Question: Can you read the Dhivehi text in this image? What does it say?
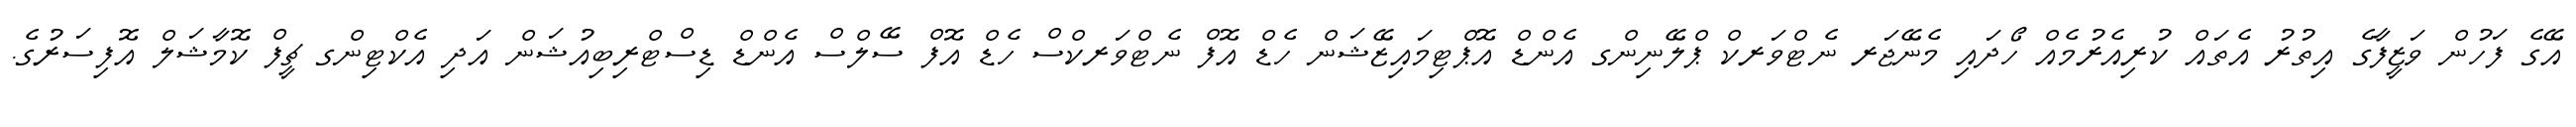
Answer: އޭގެ ފަހުން ވަޒީފާގެ އިތުރު އެތައް ކުރިއެރުމެއް ހޯދައި މެނޭޖަރ ނެޓްވަރކް ޕްލޭނިންގ އެންޑް އޮޕްޓިމައިޒޭޝަން ހެޑް އޮފް ނެޓްވަރކްސް ހެޑް އޮފް ސޭލްސް އެންޑް ޑިސްޓްރިބިއުޝަން އަދި އެކްޓިންގ ޗީފް ކޮމާޝަލް އޮފިސަރުގެ.